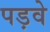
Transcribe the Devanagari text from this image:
पड़वे